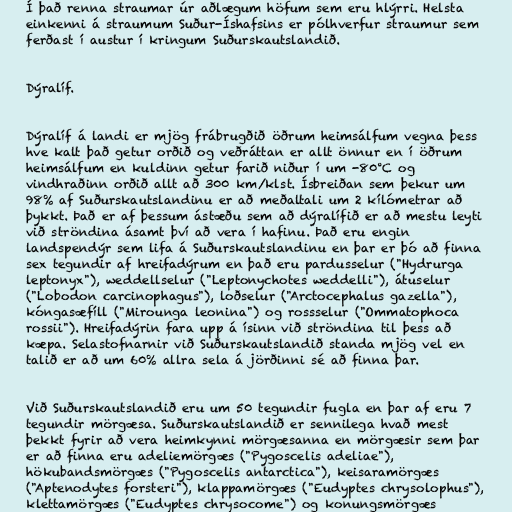
Í það renna straumar úr aðlægum höfum sem eru hlýrri. Helsta
einkenni á straumum Suður-Íshafsins er pólhverfur straumur sem
ferðast í austur í kringum Suðurskautslandið.

Dýralíf.

Dýralíf á landi er mjög frábrugðið öðrum heimsálfum vegna þess
hve kalt það getur orðið og veðráttan er allt önnur en í öðrum
heimsálfum en kuldinn getur farið niður í um -80°C og
vindhraðinn orðið allt að 300 km/klst. Ísbreiðan sem þekur um
98% af Suðurskautslandinu er að meðaltali um 2 kílómetrar að
þykkt. Það er af þessum ástæðu sem að dýralífið er að mestu leyti
við ströndina ásamt því að vera í hafinu. Það eru engin
landspendýr sem lifa á Suðurskautslandinu en þar er þó að finna
sex tegundir af hreifadýrum en það eru pardusselur ("Hydrurga
leptonyx"), weddellselur ("Leptonychotes weddelli"), átuselur
("Lobodon carcinophagus"), loðselur ("Arctocephalus gazella"),
kóngasæfíll ("Mirounga leonina") og rossselur ("Ommatophoca
rossii"). Hreifadýrin fara upp á ísinn við ströndina til þess að
kæpa. Selastofnarnir við Suðurskautslandið standa mjög vel en
talið er að um 60% allra sela á jörðinni sé að finna þar.

Við Suðurskautslandið eru um 50 tegundir fugla en þar af eru 7
tegundir mörgæsa. Suðurskautslandið er sennilega hvað mest
þekkt fyrir að vera heimkynni mörgæsanna en mörgæsir sem þar
er að finna eru adeliemörgæs ("Pygoscelis adeliae"),
hökubandsmörgæs ("Pygoscelis antarctica"), keisaramörgæs
("Aptenodytes forsteri"), klappamörgæs ("Eudyptes chrysolophus"),
klettamörgæs ("Eudyptes chrysocome") og konungsmörgæs